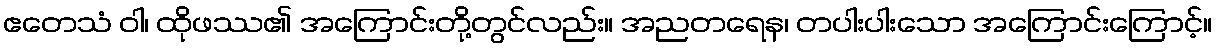
ဧတေသံ ဝါ၊ ထိုဖဿ၏ အကြောင်းတို့တွင်လည်း။ အညတရေန၊ တပါးပါးသော အကြောင်းကြောင့်။